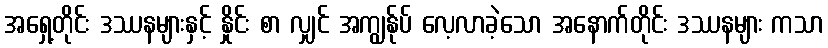
အရှေ့တိုင်း ဒဿနများနှင့် နှိုင်း စာ လျှင် အကျွန်ုပ် လေ့လာခဲ့သော အနောက်တိုင်း ဒဿနများ ကသာ